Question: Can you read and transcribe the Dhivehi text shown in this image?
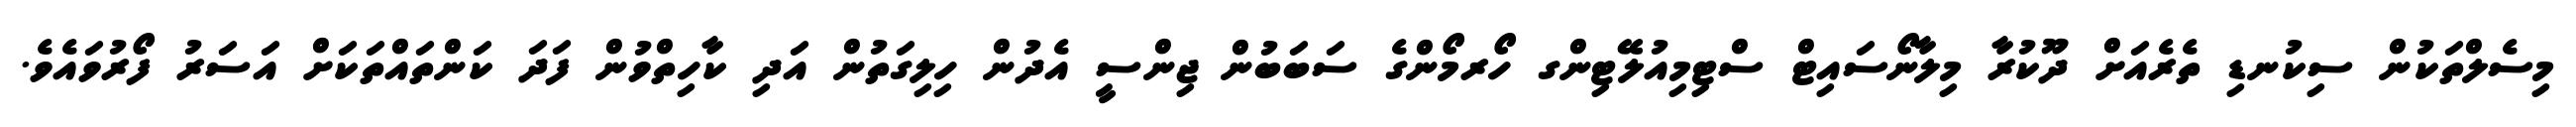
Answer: މިސެލްތަކުން ސިކުނޑި ތެރެއަށް ދޫކުރާ މިލާނޯސައިޓް ސްޓިމިއުލޭޓިންގ ހޯރމޯންގެ ސަބަބުން ޖިންސީ އެދުން ހިލިގަތުން އަދި ކާހިތްވުން ފަދަ ކަންތައްތަކަށް އަސަރު ފޯރުވައެވެ.